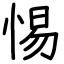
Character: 惕